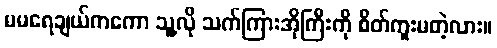
မမရေချယ်ကကော သူ့လို သက်ကြားအိုကြီးကို စိတ်ကူးမတဲ့လား။